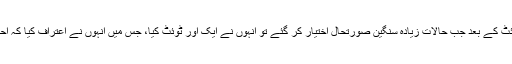
حسان نیازی کے اس ٹوئٹ کے بعد جب حالات زیادہ سنگین صورتحال اختیار کر گئے تو انہوں نے ایک اور ٹوئٹ کیا، جس میں انہوں نے اعتراف کیا کہ احتجاج اب پرامن نہیں رہا۔